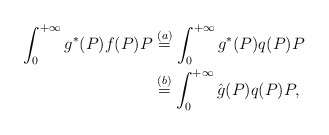
\begin{align*}\int_0^{+\infty} g^*(P) f(P) P & \overset{(a)}{=} \int_0^{+\infty} g^*(P) q(P) P \\& \overset{(b)}{=} \int_0^{+\infty} \hat{g}(P) q(P) P,\end{align*}